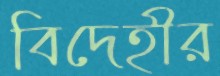
বিদেহীর